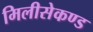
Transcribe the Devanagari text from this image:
मिलीसेकण्ड